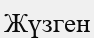
Жүзген